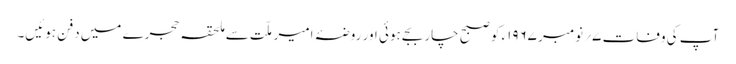
آپ کی وفات ۷؍ نومبر ۱۹۶۷ء کو صبح چار بجے ہوئی اور روضۂ امیر ملّت سے ملحقہ حجرے میں دفن ہوئیں۔